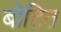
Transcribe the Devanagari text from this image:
बोटित